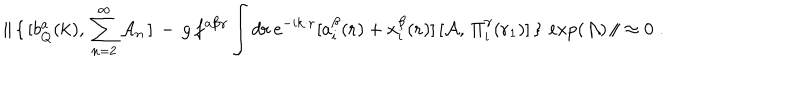
{ \| } \, \{ \, [ b _ { Q } ^ { a } ( { \bf { k } } ) , \, \sum _ { n = 2 } ^ { \infty } { \cal A } _ { n } \, ] \, - \, g \, f ^ { a \beta \gamma } \int d { \bf { r } } \, e ^ { - i { \bf { k \cdot r } } } [ a _ { i } ^ { \beta } ( { \bf { r } } ) + x _ { i } ^ { \beta } ( { \bf { r } } ) ] \, [ { \cal A } , \, \Pi _ { i } ^ { \gamma } ( { \bf r } _ { 1 } ) ] \, \} \, \exp ( { \cal A } ) \, { \| } \approx 0 \; .